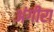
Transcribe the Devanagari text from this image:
अंगीरा